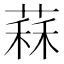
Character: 䔉